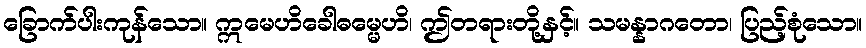
ခြောက်ပါးကုန်သော။ ဣမေဟိခေါဓမ္မေဟိ၊ ဤတရားတို့နှင့်။ သမန္နာဂတော၊ ပြည့်စုံသော။